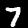
Label: 7